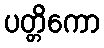
ပတ္တိကော